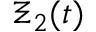
\Xi _ { 2 } ( t )